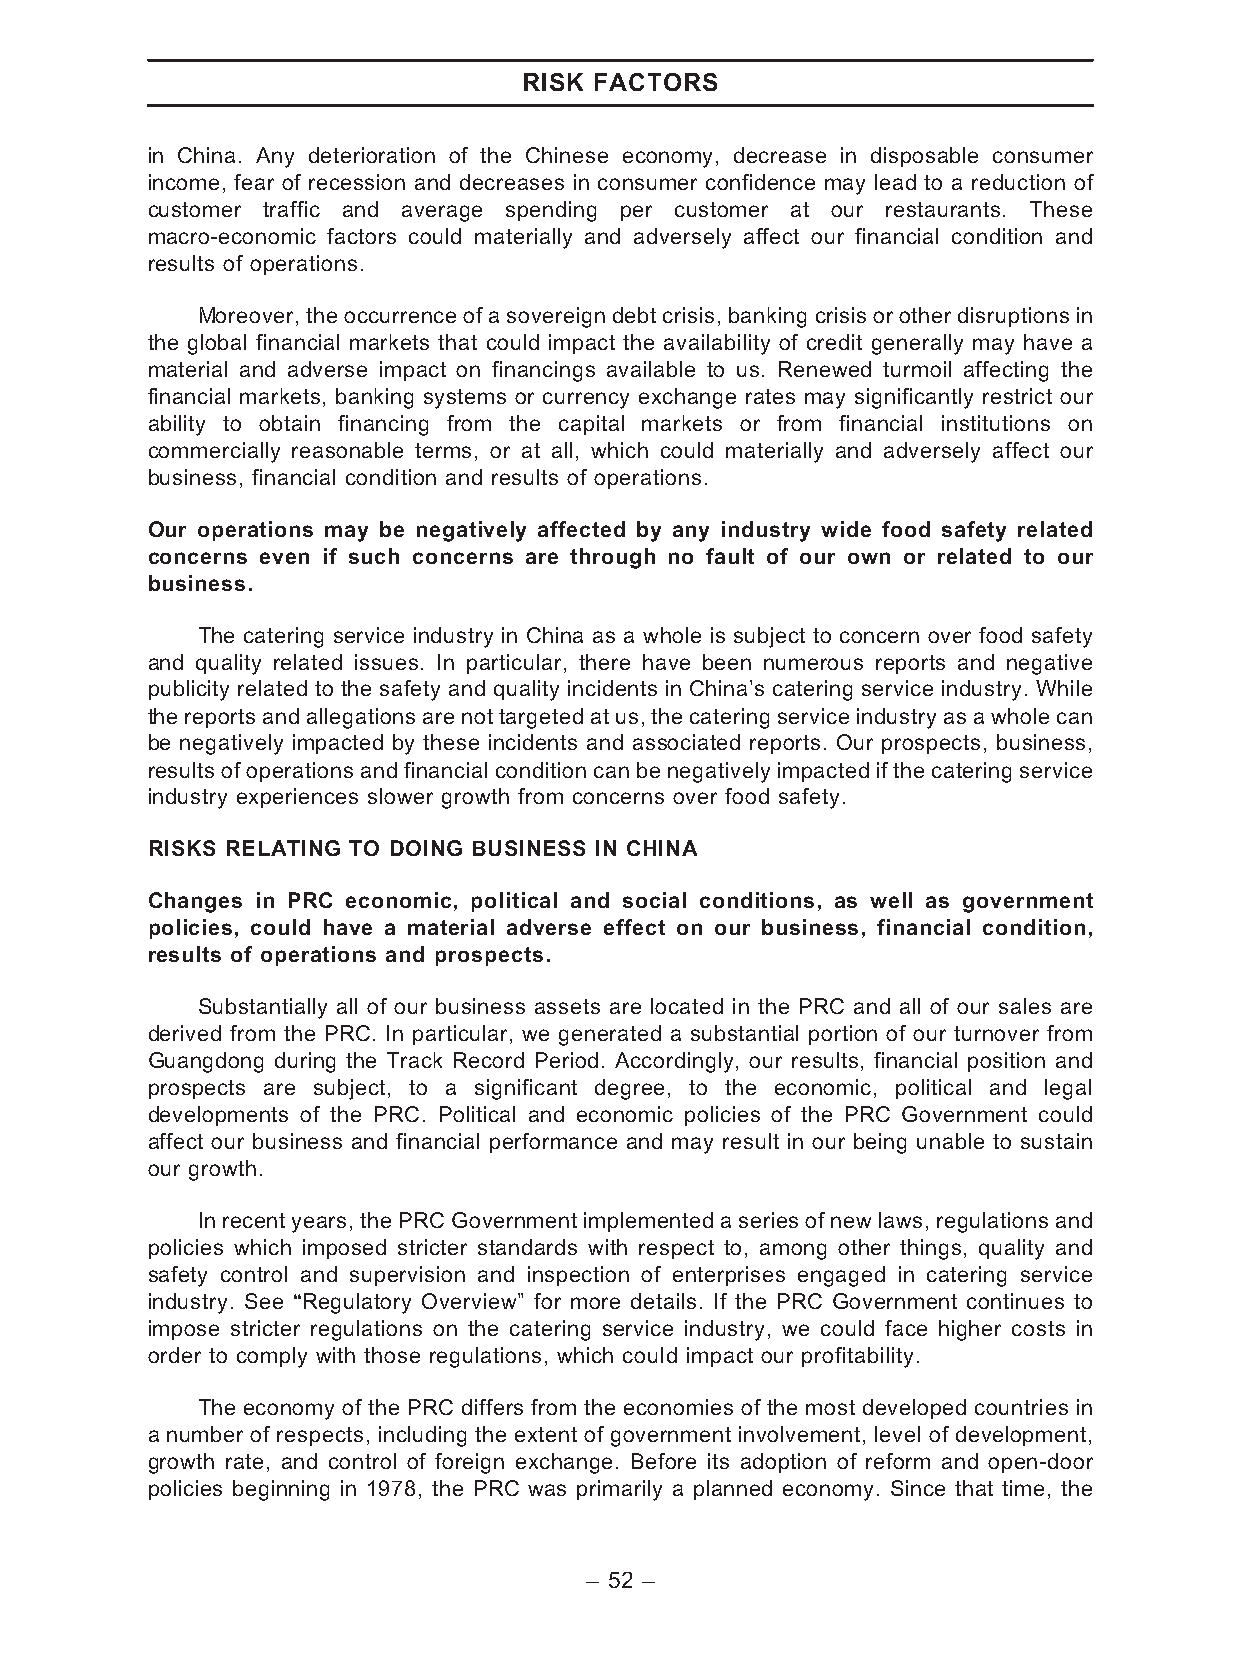
RISK FACTORS
 in China. Any deterioration of the Chinese economy, decrease in disposable consumer
 income, fear of recession and decreases in consumer confidence may lead to a reduction of
 customer traffic and average spending per customer at our restaurants. These
 macro-economic factors could materially and adversely affect our financial condition and
 results of operations.
 Moreover,theoccurrenceof asovereigndebtcrisis, banking crisisorotherdisruptionsin
 the global financial markets that could impact the availability of credit generally may have a
 material and adverse impact on financings available to us. Renewed turmoil affecting the
 financial markets, banking systems or currency exchange rates may significantly restrict our
 ability to obtain financing from the capital markets or from financial institutions on
 commercially reasonable terms, or at all, which could materially and adversely affect our
 business, financial condition and results of operations.
 Our operations may be negatively affected by any industry wide food safety related
 concerns even if such concerns are through no fault of our own or related to our
 business.
 The catering service industry in China as a whole is subject to concern over food safety
 and quality related issues. In particular, there have been numerous reports and negative
 publicity related to the safety and quality incidents in China’s catering service industry. While
 thereportsand allegationsare not targeted at us,the cateringserviceindustryasa wholecan
 be negatively impacted by these incidents and associated reports. Our prospects, business,
 results of operations and financial condition can be negatively impacted if the catering service
 industry experiences slower growth from concerns over food safety.
 RISKS RELATING TO DOING BUSINESS IN CHINA
 Changes in PRC economic, political and social conditions, as well as government
 policies, could have a material adverse effect on our business, financial condition,
 results of operations and prospects.
 Substantially all of our business assets are located in the PRC and all of our sales are
 derived from the PRC. In particular, we generated a substantial portion of our turnover from
 Guangdong during the Track Record Period. Accordingly, our results, financial position and
 prospects are subject, to a significant degree, to the economic, political and legal
 developments of the PRC. Political and economic policies of the PRC Government could
 affect our business and financial performance and may result in our being unable to sustain
 our growth.
 In recent years,thePRCGovernmentimplemented aseriesof new laws, regulationsand
 policies which imposed stricter standards with respect to, among other things, quality and
 safety control and supervision and inspection of enterprises engaged in catering service
 industry. See ‘‘Regulatory Overview’’ for more details. If the PRC Government continues to
 impose stricter regulations on the catering service industry, we could face higher costs in
 order to comply with those regulations, which could impact our profitability.
 The economy of the PRC differs from the economies of the most developed countries in
 a number of respects, including the extent of government involvement, level of development,
 growth rate, and control of foreign exchange. Before its adoption of reform and open-door
 policies beginning in 1978, the PRC was primarily a planned economy. Since that time, the
 – 52 –